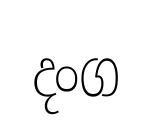
දංග